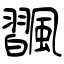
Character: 飁